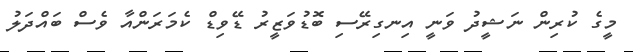
މީގެ ކުރިން ނަޝީދު ވަނީ އިނގިރޭސި ބޮޑުވަޒީރު ޑޭވިޑް ކެމަރަންއާ ވެސް ބައްދަލު